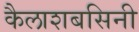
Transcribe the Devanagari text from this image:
कैलाशबसिनी